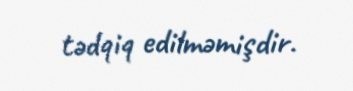
tədqiq edilməmişdir.